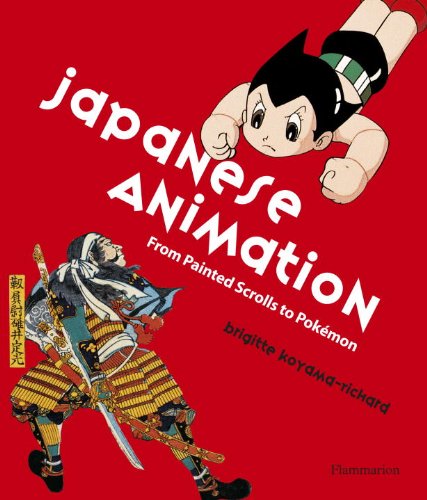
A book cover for Japanese Animation: From Painted Scrolls to Pokemon; Brigette Koyama-Richard; Computers & Technology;